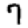
Digit: 7